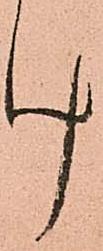
け